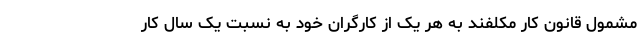
مشمول قانون کار مکلفند به هر یک از کارگران خود به نسبت یک سال کار